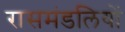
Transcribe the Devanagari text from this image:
रासमंडलियों